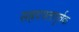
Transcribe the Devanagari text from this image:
सह्रदयतापूर्वक